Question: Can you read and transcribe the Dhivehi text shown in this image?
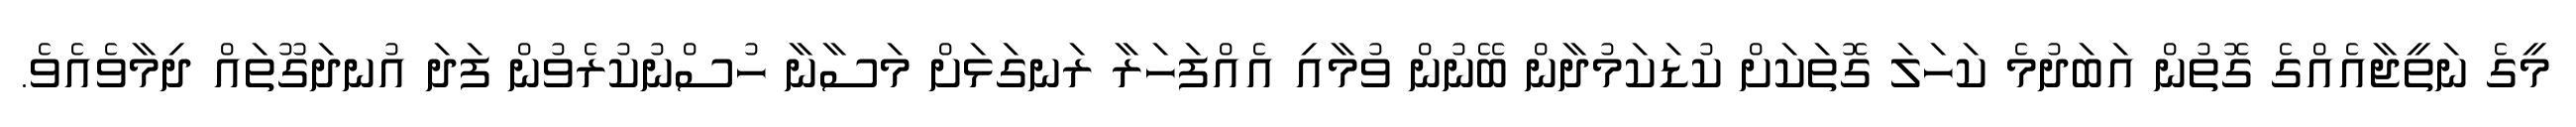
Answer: މީގެ ނަތީޖާއެއްގެ ގޮތުން އަބަދުމެ ކަހަލަ ގޮތަކަށް ކުޑަކަމުދާން ބޭނުން ވުމާއި އެއްފަހަރާ ރަނގަޅަށް މަސާނާ ހުސްނުކުރެވުން ފަދަ އުނދަގޫތައް ދިމާވެއެވެ.